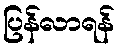
ပြန်လာရန်